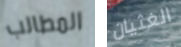
المطالب الغثيان